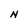
Character: N